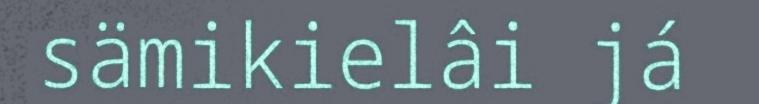
sämikielâi já